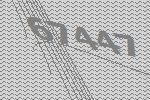
67447